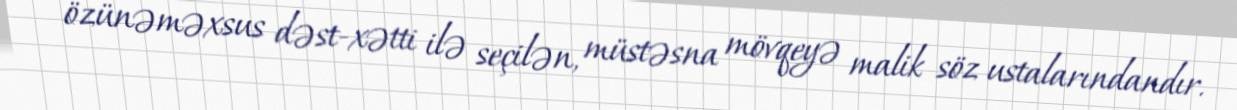
özünəməxsus dəst-xətti ilə seçilən, müstəsna mövqeyə malik söz ustalarındandır.